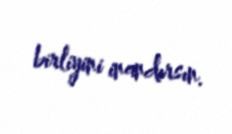
birliyini inandırsın.